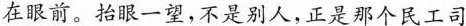
在眼前。抬眼一望，不是别人，正是那个民工司